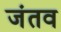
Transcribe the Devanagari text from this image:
जंतव